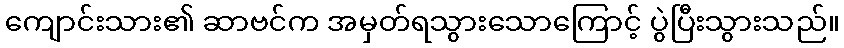
ကျောင်းသား၏ ဆာဗင်က အမှတ်ရသွားသောကြောင့် ပွဲပြီးသွားသည်။